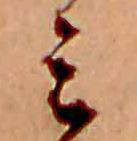
ミ